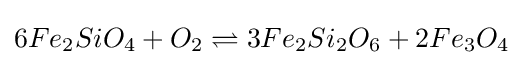
6Fe_{2}SiO_{4}+O_{2}\rightleftharpoons 3Fe_{2}Si_{2}O_{6}+2Fe_{3}O_{4}